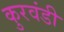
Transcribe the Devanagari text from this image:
कुरवंडी